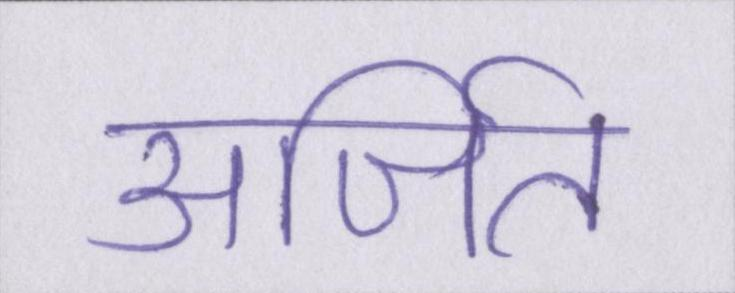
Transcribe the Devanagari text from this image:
अर्जित